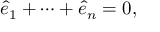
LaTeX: { \widehat { e } } _ { 1 } + \cdots + { \widehat { e } } _ { n } = 0 ,